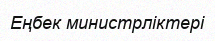
Еңбек министрліктері